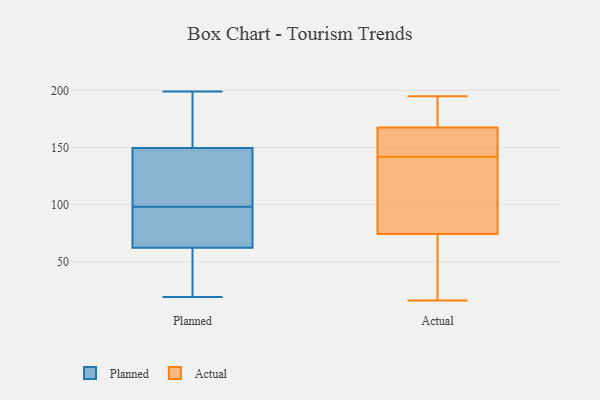
{"axis": {"x": "Inventory Turnover", "y": "Value"}, "legend": ["Actual", "Planned"], "data": [{"x": "", "y": 121, "type": "Planned"}, {"x": "", "y": 193, "type": "Planned"}, {"x": "", "y": 115, "type": "Planned"}, {"x": "", "y": 38, "type": "Planned"}, {"x": "", "y": 153, "type": "Planned"}, {"x": "", "y": 75, "type": "Planned"}, {"x": "", "y": 98, "type": "Planned"}, {"x": "", "y": 98, "type": "Planned"}, {"x": "", "y": 148, "type": "Planned"}, {"x": "", "y": 199, "type": "Planned"}, {"x": "", "y": 58, "type": "Planned"}, {"x": "", "y": 150, "type": "Planned"}, {"x": "", "y": 80, "type": "Planned"}, {"x": "", "y": 32, "type": "Planned"}, {"x": "", "y": 19, "type": "Planned"}, {"x": "", "y": 194, "type": "Actual"}, {"x": "", "y": 154, "type": "Actual"}, {"x": "", "y": 170, "type": "Actual"}, {"x": "", "y": 142, "type": "Actual"}, {"x": "", "y": 160, "type": "Actual"}, {"x": "", "y": 73, "type": "Actual"}, {"x": "", "y": 78, "type": "Actual"}, {"x": "", "y": 65, "type": "Actual"}, {"x": "", "y": 189, "type": "Actual"}, {"x": "", "y": 80, "type": "Actual"}, {"x": "", "y": 152, "type": "Actual"}, {"x": "", "y": 135, "type": "Actual"}, {"x": "", "y": 27, "type": "Actual"}, {"x": "", "y": 16, "type": "Actual"}, {"x": "", "y": 151, "type": "Actual"}, {"x": "", "y": 112, "type": "Actual"}, {"x": "", "y": 195, "type": "Actual"}, {"x": "", "y": 178, "type": "Actual"}, {"x": "", "y": 35, "type": "Actual"}]}